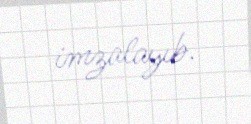
imzalayıb.